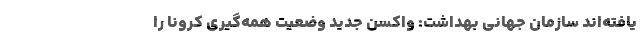
یافته‌اند سازمان جهانی بهداشت: واکسن جدید وضعیت همه‌گیری کرونا را